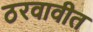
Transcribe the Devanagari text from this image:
ठरवावीत